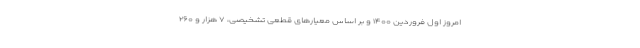
امروز اول فروردین ۱۴۰۰ و بر اساس معیارهای قطعی تشخیصی، ۷ هزار و ۲۶۰